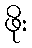
ဖိုး